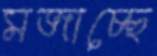
মজাচ্ছে